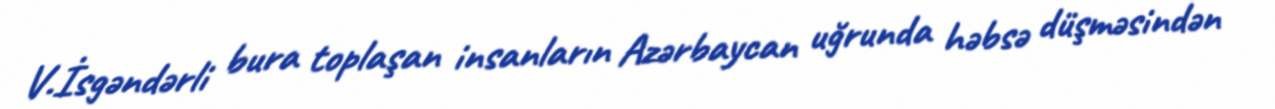
V.İsgəndərli bura toplaşan insanların Azərbaycan uğrunda həbsə düşməsindən